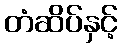
တံဆိပ်နှင့်